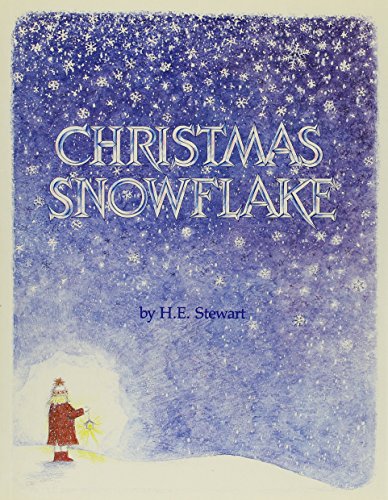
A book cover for Christmas Snowflake; H.E. Stewart; Children's Books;